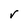
Character: r